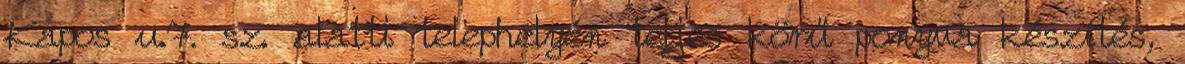
Kapos u.7. sz. alatti telephelyén teljes körű ponyva készítés,